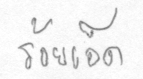
ร้อยเอ็ด